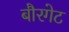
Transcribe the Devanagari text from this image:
बौरगेट